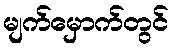
မျက်မှောက်တွင်